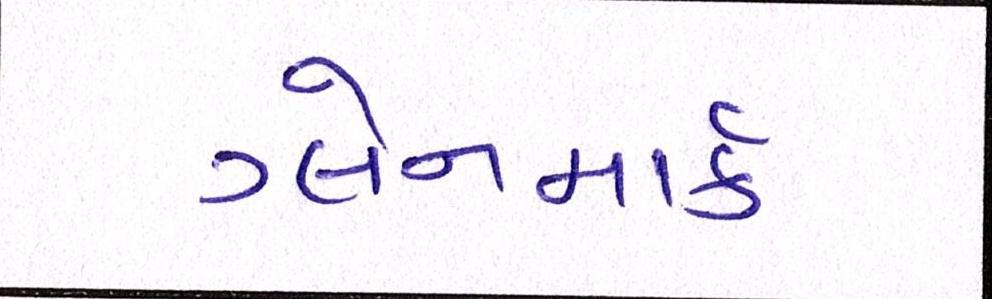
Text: ગ્લેનમાર્ક